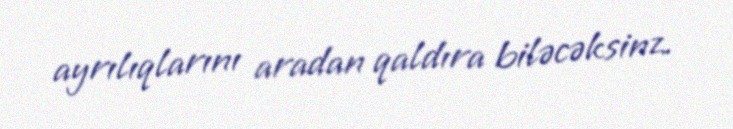
ayrılıqlarını aradan qaldıra biləcəksinz.